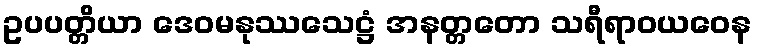
ဥပပတ္တိယာ ဒေဝမနုဿသေဋ္ဌံ အနတ္တတော သရီရာဝယဝေန